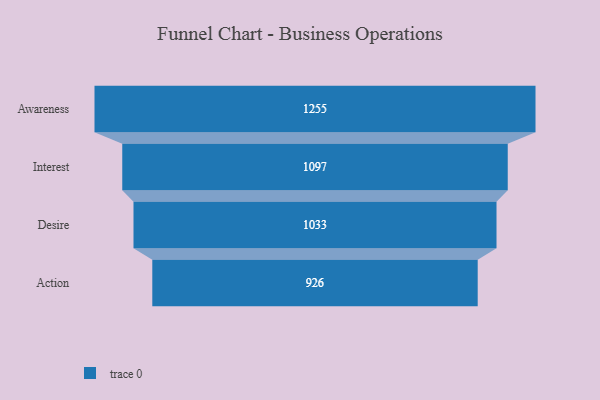
{"axis": {"x": "Stage", "y": "Value"}, "legend": [""], "data": [{"x": "Awareness", "y": 1255.0, "type": ""}, {"x": "Interest", "y": 1097.0, "type": ""}, {"x": "Desire", "y": 1033.0, "type": ""}, {"x": "Action", "y": 926.0, "type": ""}]}